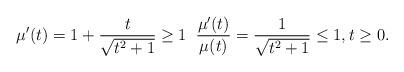
LaTeX: \begin{align*}\mu'(t)=1+\frac{t}{\sqrt{t^2+1}}\geq 1 \;\; \frac{\mu'(t)}{\mu(t)}=\frac{1}{\sqrt{t^2+1}}\leq 1, t\geq 0.\end{align*}